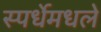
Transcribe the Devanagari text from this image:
स्पर्धेमधले